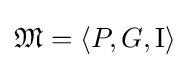
{\mathfrak {M}}=\langle P,G,{\textrm {I}}\rangle